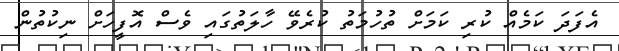
އެފަދަ ކަމެއް ކުރި ކަމަށް ތުހުމަތު ކުރެވޭ ހާލަތުގައި ވެސް އޮފީހަށް ނިކުތުން